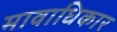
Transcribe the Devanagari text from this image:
मावाधिकार